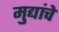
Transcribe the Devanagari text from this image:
मुद्यांचे